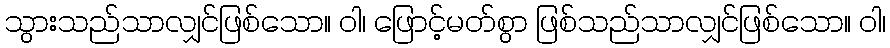
သွားသည်သာလျှင်ဖြစ်သော။ ဝါ၊ ဖြောင့်မတ်စွာ ဖြစ်သည်သာလျှင်ဖြစ်သော။ ဝါ၊